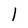
Character: 1